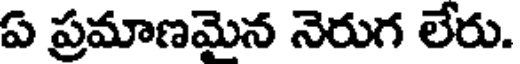
ఏ ప్రమాణమైన నెరుగ లేరు.